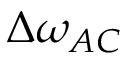
\Delta \omega _ { A C }